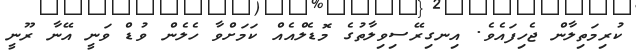
ކުރިމަތިލާން ޖެހިފައެވެ. އިނގިރޭސިވިލާތުގެ މޮޑެލްއެއް ކަމަށްވާ ހެލެން ވުޑް ވަނީ އޭނާ ރޫނީ